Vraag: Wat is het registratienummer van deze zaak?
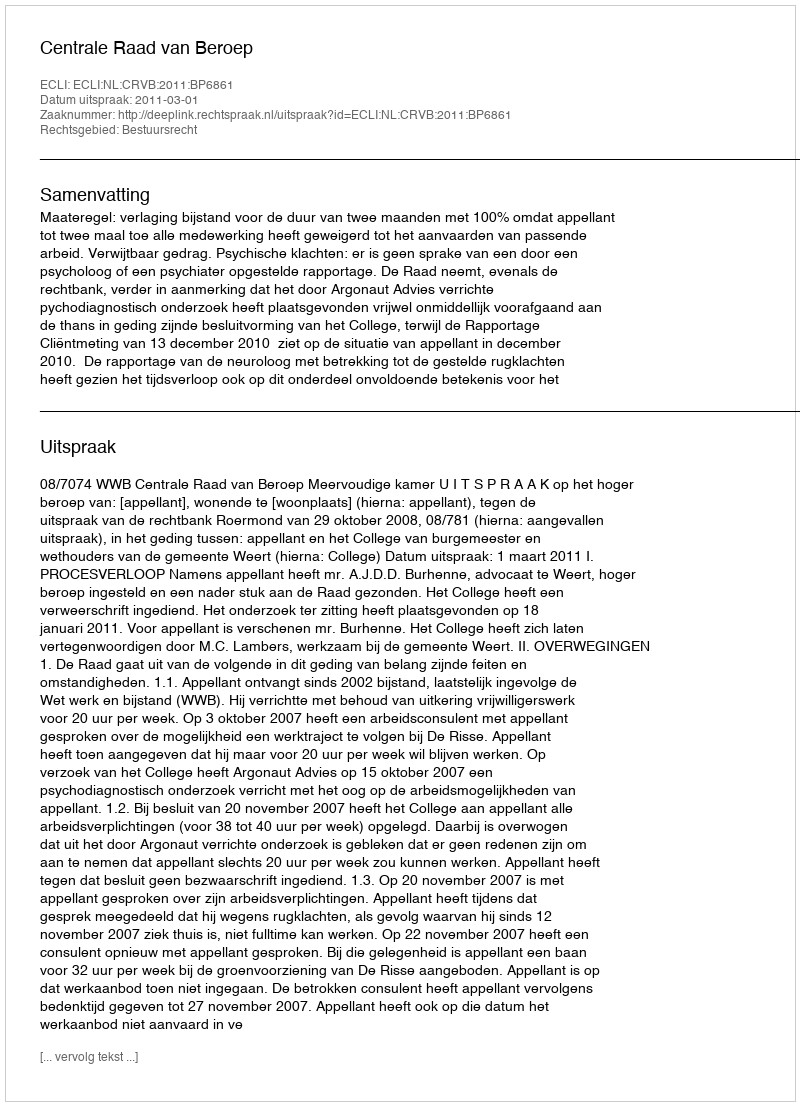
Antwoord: http://deeplink.rechtspraak.nl/uitspraak?id=ECLI:NL:CRVB:2011:BP6861